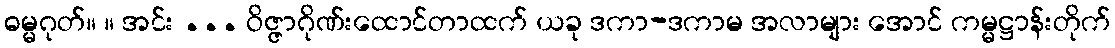
ဓမ္မဂုတ်။ ။ အင်း ... ဝိဇ္ဇာဂိုဏ်းထောင်တာထက် ယခု ဒကာ-ဒကာမ အလာများ အောင် ကမ္မဋ္ဌာန်းတိုက်